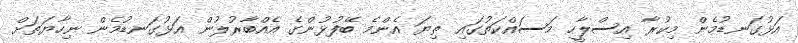
އަޅުގަނޑުމެން މިކުރާ އިސްލާހީ މަސައްކަތުގައި ތިޔަ އެންމެ ބޭފުޅުންގެ އެއްބާރުލުން އަޅުގަނޑުމެން ނިހާޔަތަށް